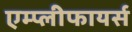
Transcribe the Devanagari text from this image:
एम्प्लीफायर्स